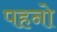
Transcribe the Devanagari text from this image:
पहनो